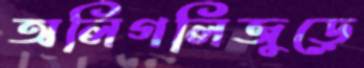
অলিগলিজুড়ে